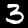
Label: 3